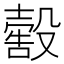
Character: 𣫀